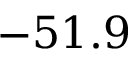
- 5 1 . 9